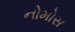
નોમોસ